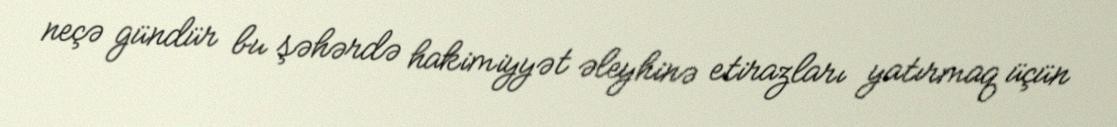
neçə gündür bu şəhərdə hakimiyyət əleyhinə etirazları yatırmaq üçün